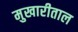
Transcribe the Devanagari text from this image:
मुखारीताल